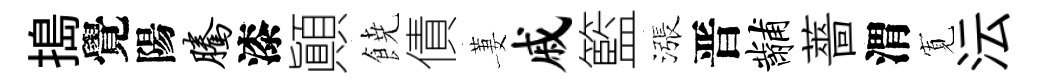
搗覺陽腾漆顚𩜙債萋戚籃漲晋黼薔渭𡩖沄